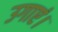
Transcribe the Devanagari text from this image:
उगाएं।